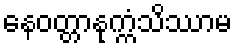
နေဝတ္တာနုက္ကံသိဿာမ